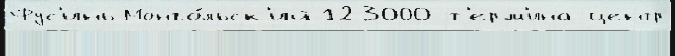
Фус'инь-Монго́льск'ий 123000 т'ерм'ина центр